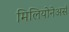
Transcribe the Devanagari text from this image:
मिलियोनेअर्स